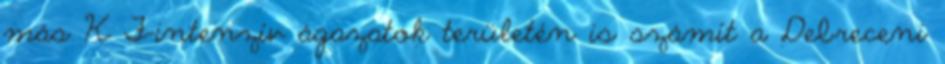
más K F-intenzív ágazatok területén is számít a Debreceni